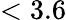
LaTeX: <3.6